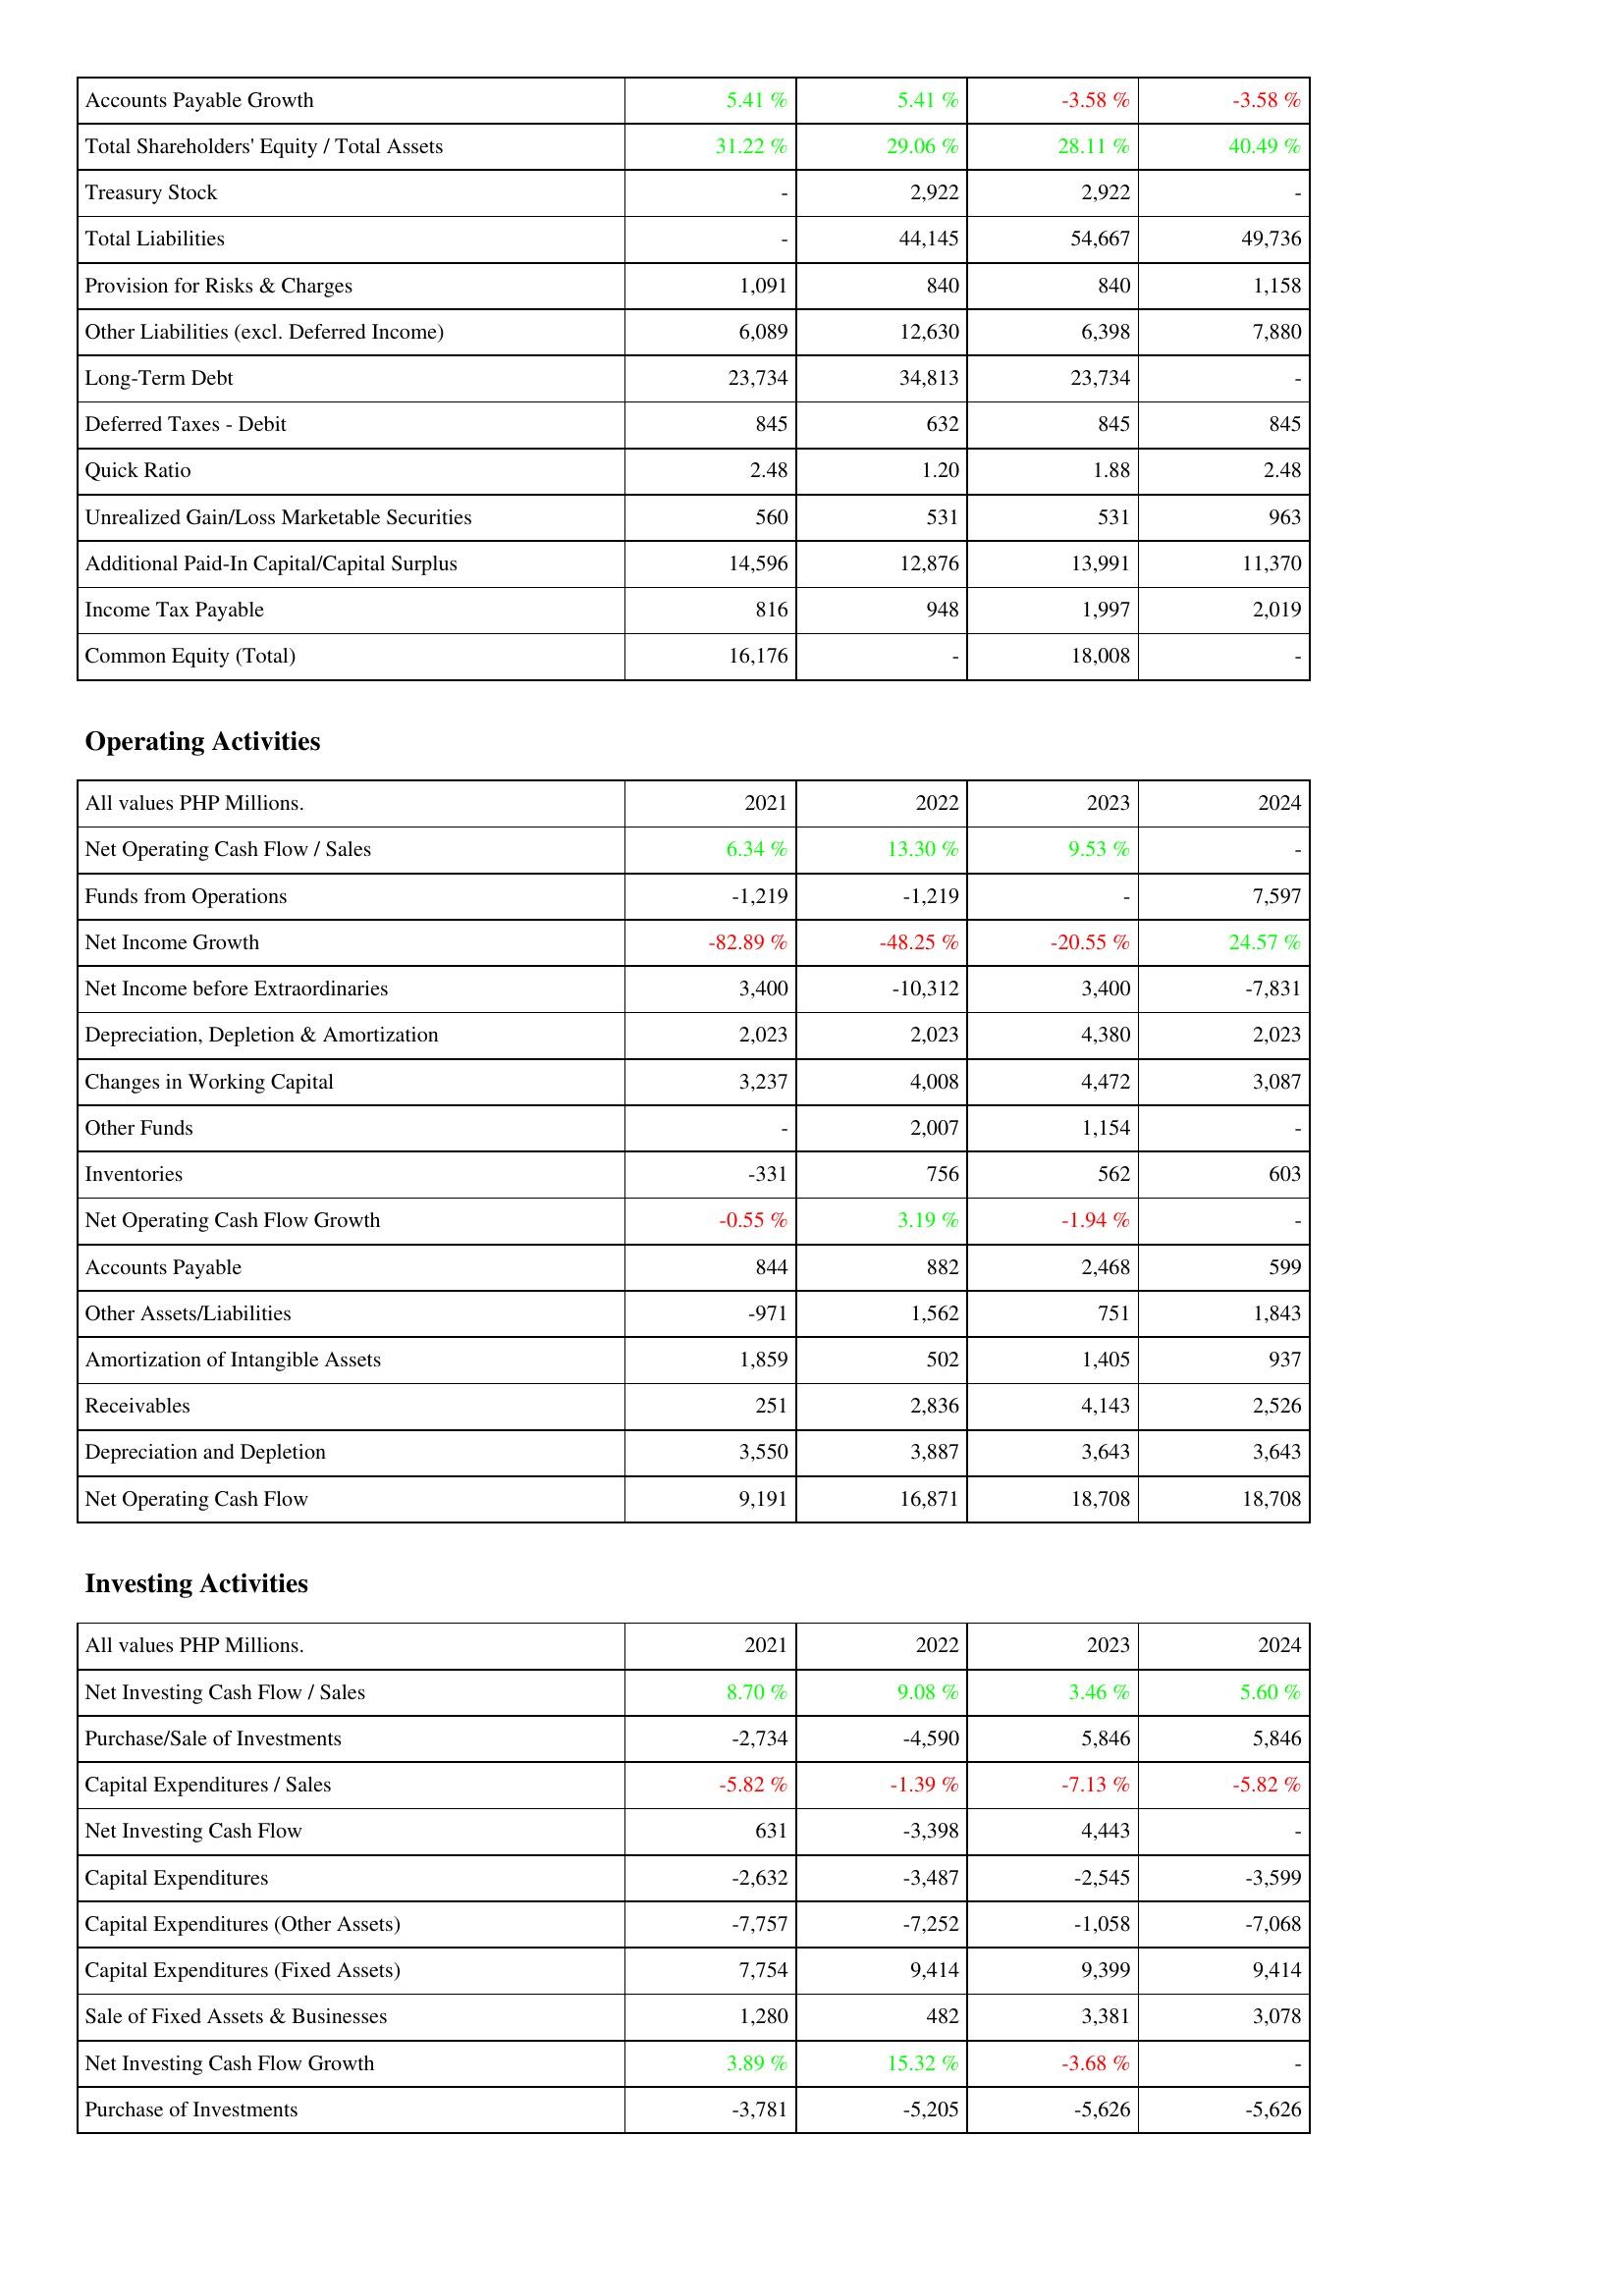
2021: Liabilities & Shareholders' Equity: Accounts Payable Growth: 5.41 %
Total Shareholders' Equity / Total Assets: 31.22 %
Treasury Stock: -
Total Liabilities: -
Provision for Risks & Charges: 1,091
Other Liabilities (excl. Deferred Income): 6,089
Long-Term Debt: 23,734
Deferred Taxes - Debit: 845
Quick Ratio: 2.48
Unrealized Gain/Loss Marketable Securities: 560
Additional Paid-In Capital/Capital Surplus: 14,596
Income Tax Payable: 816
Common Equity (Total): 16,176
Operating Activities: Net Operating Cash Flow / Sales: 6.34 %
Funds from Operations: -1,219
Net Income Growth: -82.89 %
Net Income before Extraordinaries: 3,400
Depreciation, Depletion & Amortization: 2,023
Changes in Working Capital: 3,237
Other Funds: -
Inventories: -331
Net Operating Cash Flow Growth: -0.55 %
Accounts Payable: 844
Other Assets/Liabilities: -971
Amortization of Intangible Assets: 1,859
Receivables: 251
Depreciation and Depletion: 3,550
Net Operating Cash Flow: 9,191
Investing Activities: Net Investing Cash Flow / Sales: 8.70 %
Purchase/Sale of Investments: -2,734
Capital Expenditures / Sales: -5.82 %
Net Investing Cash Flow: 631
Capital Expenditures: -2,632
Capital Expenditures (Other Assets): -7,757
Capital Expenditures (Fixed Assets): 7,754
Sale of Fixed Assets & Businesses: 1,280
Net Investing Cash Flow Growth: 3.89 %
Purchase of Investments: -3,781
2022: Liabilities & Shareholders' Equity: Accounts Payable Growth: 5.41 %
Total Shareholders' Equity / Total Assets: 29.06 %
Treasury Stock: 2,922
Total Liabilities: 44,145
Provision for Risks & Charges: 840
Other Liabilities (excl. Deferred Income): 12,630
Long-Term Debt: 34,813
Deferred Taxes - Debit: 632
Quick Ratio: 1.20
Unrealized Gain/Loss Marketable Securities: 531
Additional Paid-In Capital/Capital Surplus: 12,876
Income Tax Payable: 948
Common Equity (Total): -
Operating Activities: Net Operating Cash Flow / Sales: 13.30 %
Funds from Operations: -1,219
Net Income Growth: -48.25 %
Net Income before Extraordinaries: -10,312
Depreciation, Depletion & Amortization: 2,023
Changes in Working Capital: 4,008
Other Funds: 2,007
Inventories: 756
Net Operating Cash Flow Growth: 3.19 %
Accounts Payable: 882
Other Assets/Liabilities: 1,562
Amortization of Intangible Assets: 502
Receivables: 2,836
Depreciation and Depletion: 3,887
Net Operating Cash Flow: 16,871
Investing Activities: Net Investing Cash Flow / Sales: 9.08 %
Purchase/Sale of Investments: -4,590
Capital Expenditures / Sales: -1.39 %
Net Investing Cash Flow: -3,398
Capital Expenditures: -3,487
Capital Expenditures (Other Assets): -7,252
Capital Expenditures (Fixed Assets): 9,414
Sale of Fixed Assets & Businesses: 482
Net Investing Cash Flow Growth: 15.32 %
Purchase of Investments: -5,205
2023: Liabilities & Shareholders' Equity: Accounts Payable Growth: -3.58 %
Total Shareholders' Equity / Total Assets: 28.11 %
Treasury Stock: 2,922
Total Liabilities: 54,667
Provision for Risks & Charges: 840
Other Liabilities (excl. Deferred Income): 6,398
Long-Term Debt: 23,734
Deferred Taxes - Debit: 845
Quick Ratio: 1.88
Unrealized Gain/Loss Marketable Securities: 531
Additional Paid-In Capital/Capital Surplus: 13,991
Income Tax Payable: 1,997
Common Equity (Total): 18,008
Operating Activities: Net Operating Cash Flow / Sales: 9.53 %
Funds from Operations: -
Net Income Growth: -20.55 %
Net Income before Extraordinaries: 3,400
Depreciation, Depletion & Amortization: 4,380
Changes in Working Capital: 4,472
Other Funds: 1,154
Inventories: 562
Net Operating Cash Flow Growth: -1.94 %
Accounts Payable: 2,468
Other Assets/Liabilities: 751
Amortization of Intangible Assets: 1,405
Receivables: 4,143
Depreciation and Depletion: 3,643
Net Operating Cash Flow: 18,708
Investing Activities: Net Investing Cash Flow / Sales: 3.46 %
Purchase/Sale of Investments: 5,846
Capital Expenditures / Sales: -7.13 %
Net Investing Cash Flow: 4,443
Capital Expenditures: -2,545
Capital Expenditures (Other Assets): -1,058
Capital Expenditures (Fixed Assets): 9,399
Sale of Fixed Assets & Businesses: 3,381
Net Investing Cash Flow Growth: -3.68 %
Purchase of Investments: -5,626
2024: Liabilities & Shareholders' Equity: Accounts Payable Growth: -3.58 %
Total Shareholders' Equity / Total Assets: 40.49 %
Treasury Stock: -
Total Liabilities: 49,736
Provision for Risks & Charges: 1,158
Other Liabilities (excl. Deferred Income): 7,880
Long-Term Debt: -
Deferred Taxes - Debit: 845
Quick Ratio: 2.48
Unrealized Gain/Loss Marketable Securities: 963
Additional Paid-In Capital/Capital Surplus: 11,370
Income Tax Payable: 2,019
Common Equity (Total): -
Operating Activities: Net Operating Cash Flow / Sales: -
Funds from Operations: 7,597
Net Income Growth: 24.57 %
Net Income before Extraordinaries: -7,831
Depreciation, Depletion & Amortization: 2,023
Changes in Working Capital: 3,087
Other Funds: -
Inventories: 603
Net Operating Cash Flow Growth: -
Accounts Payable: 599
Other Assets/Liabilities: 1,843
Amortization of Intangible Assets: 937
Receivables: 2,526
Depreciation and Depletion: 3,643
Net Operating Cash Flow: 18,708
Investing Activities: Net Investing Cash Flow / Sales: 5.60 %
Purchase/Sale of Investments: 5,846
Capital Expenditures / Sales: -5.82 %
Net Investing Cash Flow: -
Capital Expenditures: -3,599
Capital Expenditures (Other Assets): -7,068
Capital Expenditures (Fixed Assets): 9,414
Sale of Fixed Assets & Businesses: 3,078
Net Investing Cash Flow Growth: -
Purchase of Investments: -5,626